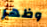
وظهر